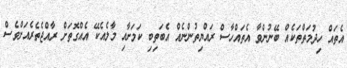
އެތައް ހިދުމަތްތަކެއް ބޭނުންވާ އެތައްހާސް ރައްޔިތުންނެއް އެބަތިބި ކަމަށާއި މާލެއެކޭ އެއްގޮތަށް ރާއްޖެތެރެއަށްވެސް